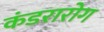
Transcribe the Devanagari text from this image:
कंडरारोग